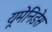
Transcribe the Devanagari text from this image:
यूमेनिडेस